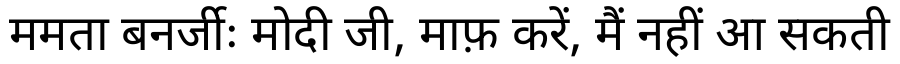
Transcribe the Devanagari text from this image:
ममता बनर्जीः मोदी जी, माफ़ करें, मैं नहीं आ सकती